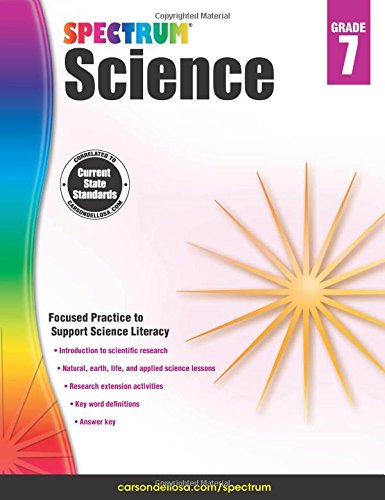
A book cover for Spectrum Science, Grade 7; Teen & Young Adult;